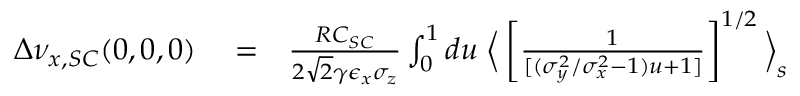
\begin{array} { r l r } { \Delta \nu _ { x , S C } ( 0 , 0 , 0 ) } & { { } = } & { \frac { R C _ { S C } } { 2 \sqrt { 2 } \gamma \epsilon _ { x } \sigma _ { z } } \int _ { 0 } ^ { 1 } d u \; \Big \langle \left[ \frac { 1 } { [ ( \sigma _ { y } ^ { 2 } / \sigma _ { x } ^ { 2 } - 1 ) u + 1 ] } \right] ^ { 1 / 2 } \Big \rangle _ { s } } \end{array}